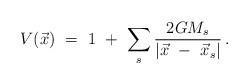
LaTeX: \begin{align*}V(\vec{x})\ =\ 1\ +\ \sum_{s}\frac{2G M_s}{|\vec x\ -\ \vec x_s|}\, .\end{align*}